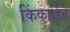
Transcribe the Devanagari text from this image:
किंकार्डिन